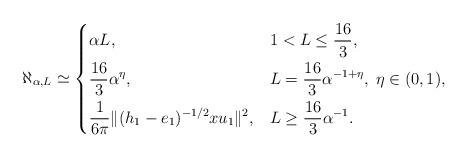
LaTeX: \begin{align*} \aleph_{\alpha,L} \simeq \begin{dcases} \alpha L, & 1< L \leq \frac{16}{3}, \\ \frac{16}{3}\alpha^{\eta}, & L = \frac{16}{3} \alpha^{-1+\eta}, \; \eta \in (0,1),\\ \frac{1}{6\pi}\|(h_1-e_1)^{-1/2}x u_1\|^2, & L \geq \frac{16}{3} \alpha^{-1}. \end{dcases} \end{align*}